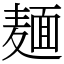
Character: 麺